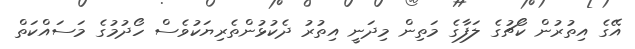
އޭގެ އިތުރުން ކޯޗުގެ ލަފާގެ މަތިން މިދަނީ އިތުރު ދެކުޅުންތެރިޔަކުވެސް ހޯދުމުގެ މަސައްކަތް